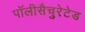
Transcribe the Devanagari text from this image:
पॉलीसैचुरेटेड